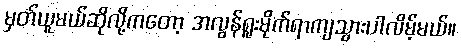
မှတ်ယူမယ်ဆိုလို့ကတော့ အလွန်ရူးမိုက်ရာကျသွားပါလိမ့်မယ်။